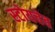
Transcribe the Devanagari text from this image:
स्टोयचेव